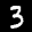
Label: 3